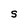
Character: S